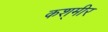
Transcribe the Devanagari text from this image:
कश्‌मीर